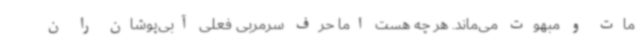
مات و مبهوت می‌ماند. هر چه هست اما حرف سرمربی فعلی آبی‌پوشان را ن